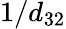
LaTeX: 1/d_{32}